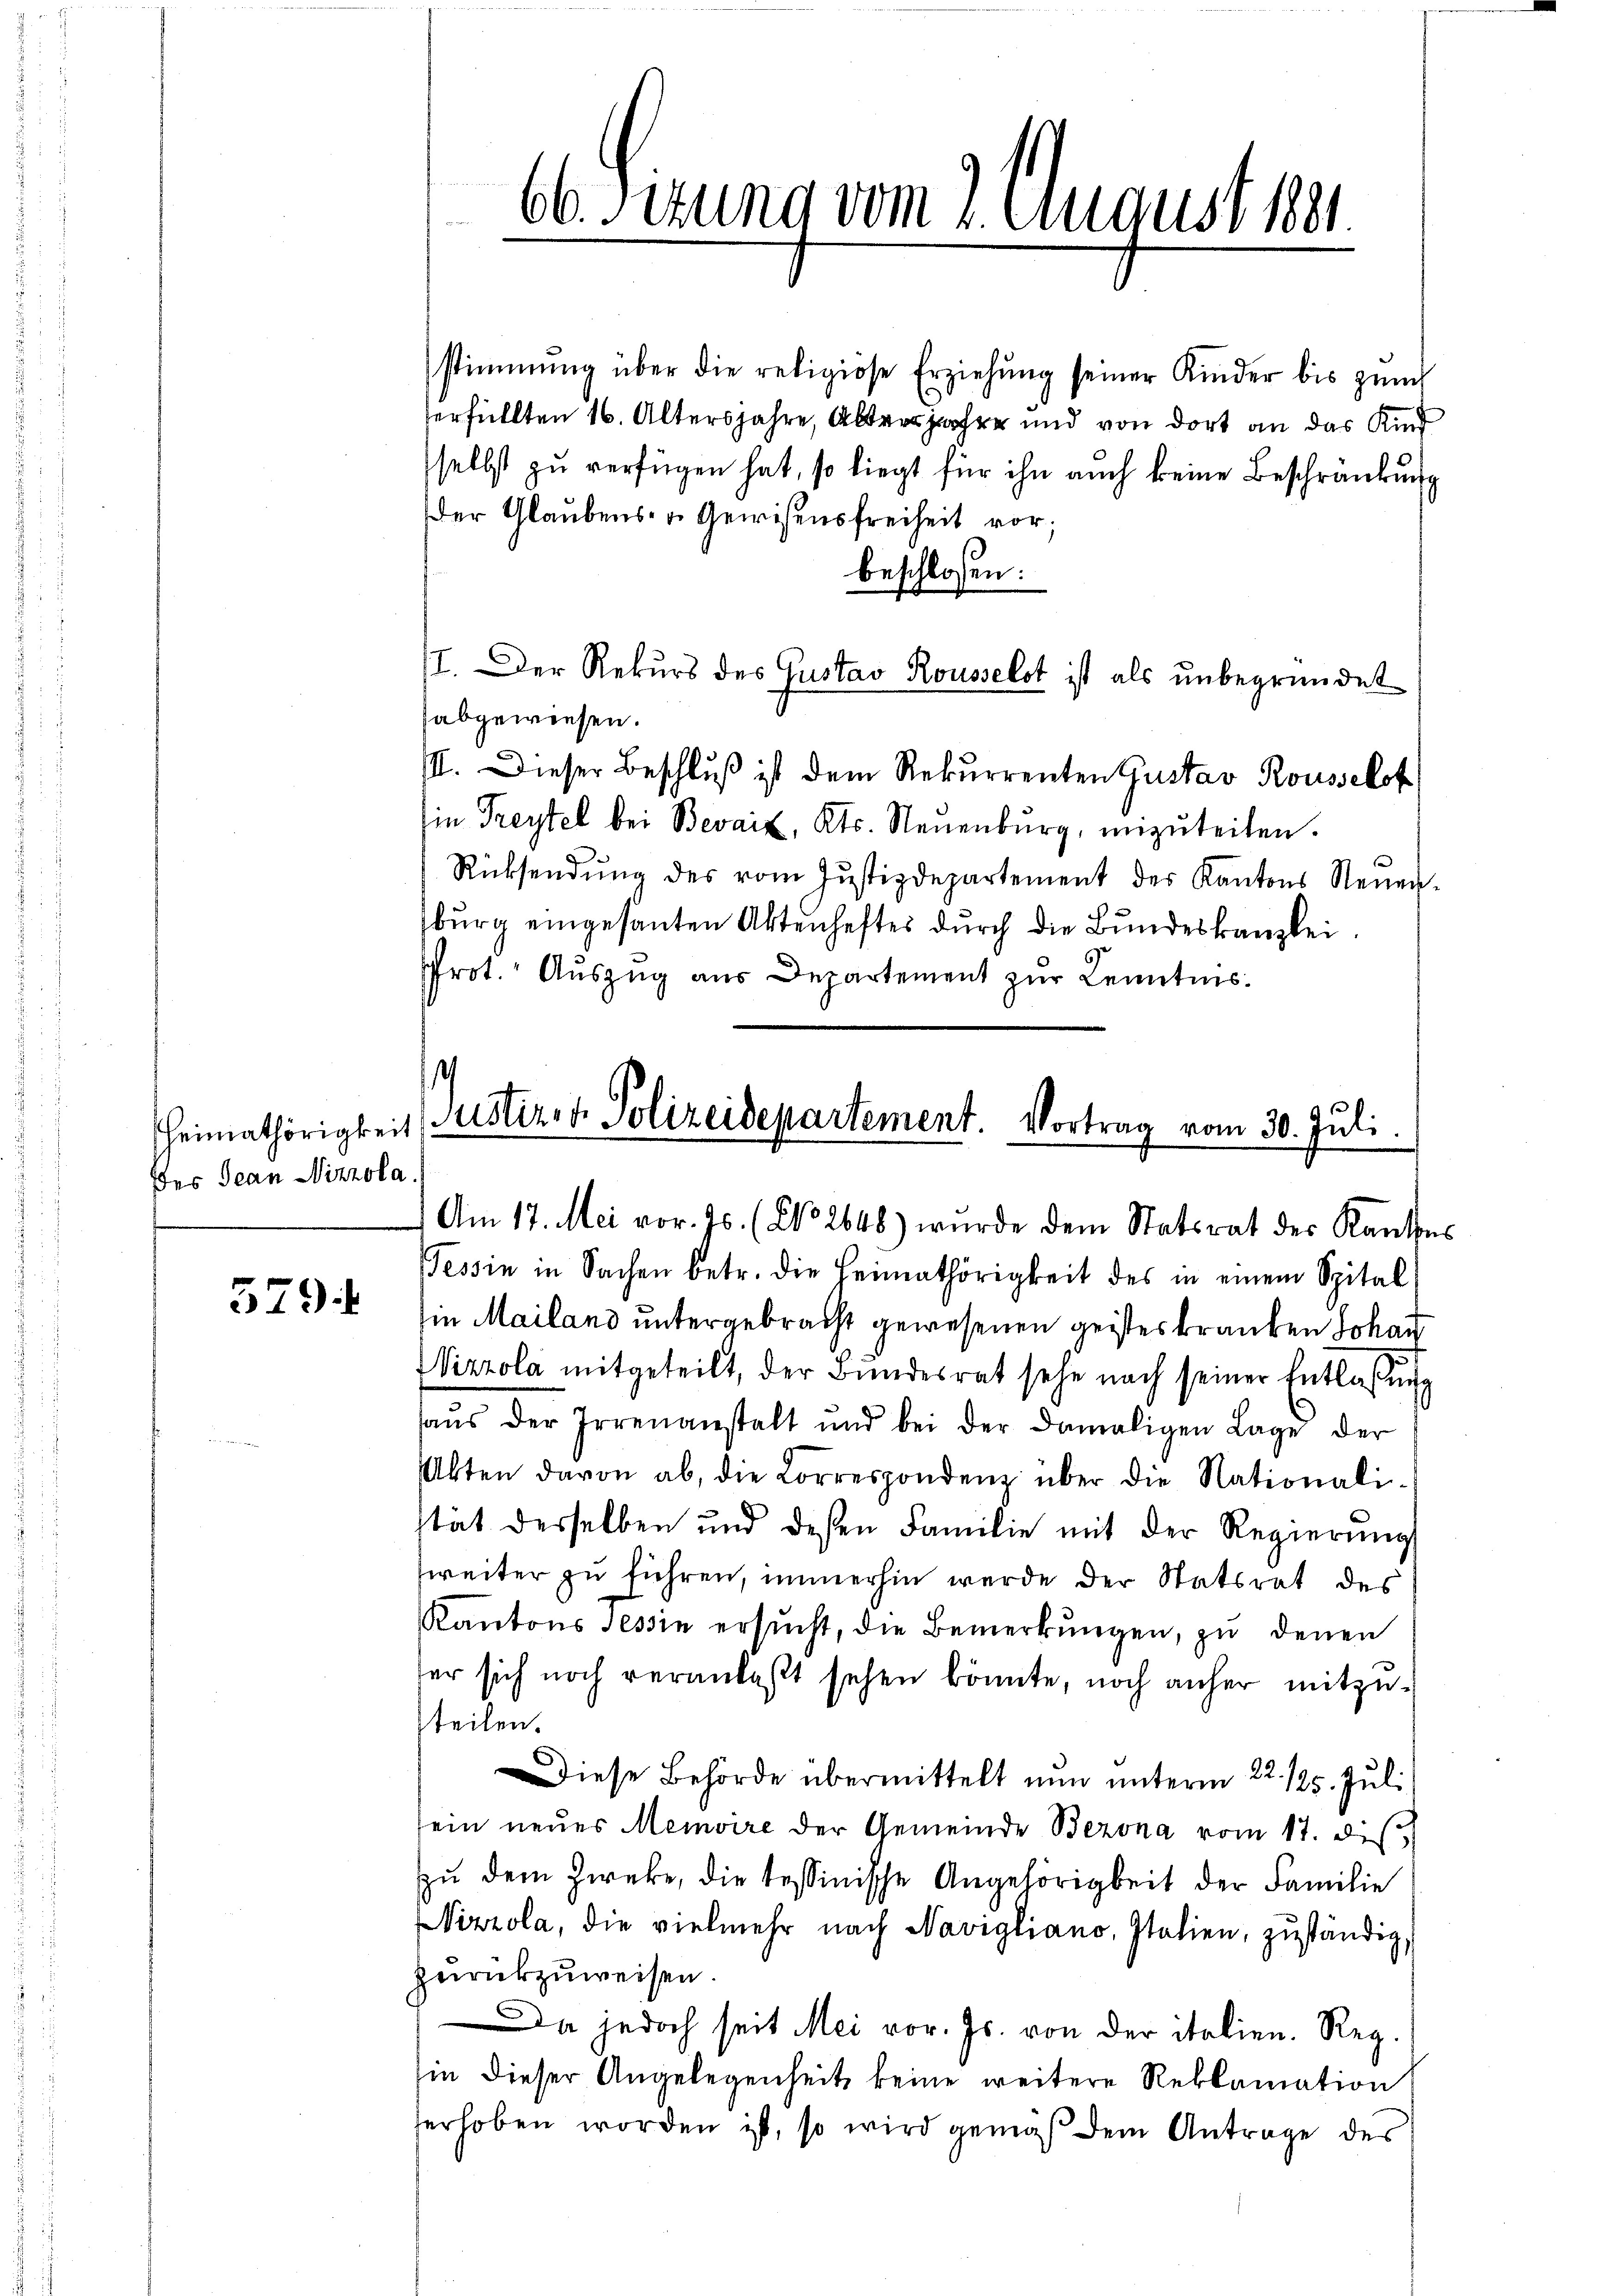
Des Jean Nizzola.

579.

stimmung über die religiöse Erziehŭng seiner Kinder bis zun
erfüllten 16. Altersjahre, Altern jeher und von dort an das Kind
selbst zu verfügen hat, so liegt für ihn auch keine Beschränkung
Der Glaubens- u. Gewissensfreiheit vor;
beschlossen:
II. Der Rekurs des Gustav Rousselst ist als ŭnbegründet
abgewiesen.
II. Dieser Beschluß ist dem Rekurrenten Gustav Rousselst
in Freytel bei Bevait, Kts. Neuenburg, mizŭteilen.
Rücksendung des vom Justizdepartement des Kantons Neuen-
burg eingesanten Aktenheftes durch die Bundeskanzlei.
rot. Auszug aus Departement zur Kenntnis¬
¬

66Sizung vom 2. August par

Heimathörigkeit, stiret. Polizeidepartement. Vortrag vom 30. Juli.
Am 17. Mai vor. Js. (No. 2648) wurde dem Statsrat der Kantons

Tessin in Sachen betr. die Heimathörigkeit des in einem Spital
in Mailand untergebracht gewesenen geistes kranken Johan
Wizzola mitgeteilt, der Bundesrat sehe nach seiner Entlaßung
aŭs der Irrenanstalt und bei der damaligen Lage der
bten davon ab, die Lorrespondenz über die Nationali-
stät derselben und deßen Familie mit der Regierŭng
weiter zu führen, immerhin werde der Statsrat des
Kantons Tessin ersŭcht, die Bemerkŭngen, zŭ denen
ter sich noch veranlaßt sehen könnte, noch anher mitzusteilen.
Diese Behörde übermittelt nun unterm 22. 125. Juli
sein neues Memoire der Gemeinde Bezona vom 17. di
zŭ dem Zweke, die tessinische Angehörigkeit der Familie
Nizzola, die vielmehr nach Navigliano, Italien, zuständig,
zurückzuweisen.
Da jedoch seit Mei vor. Js. von der italien. Reg.
in dieser Angelegenheit keine weitere Reklamation
erhoben worden ist, so wird gemäß dem Antrage des